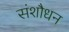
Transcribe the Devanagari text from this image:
संशौधन